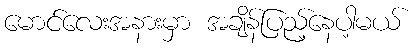
မောင်လေးအနားမှာ အချိန်ပြည့်နေပါ့မယ်